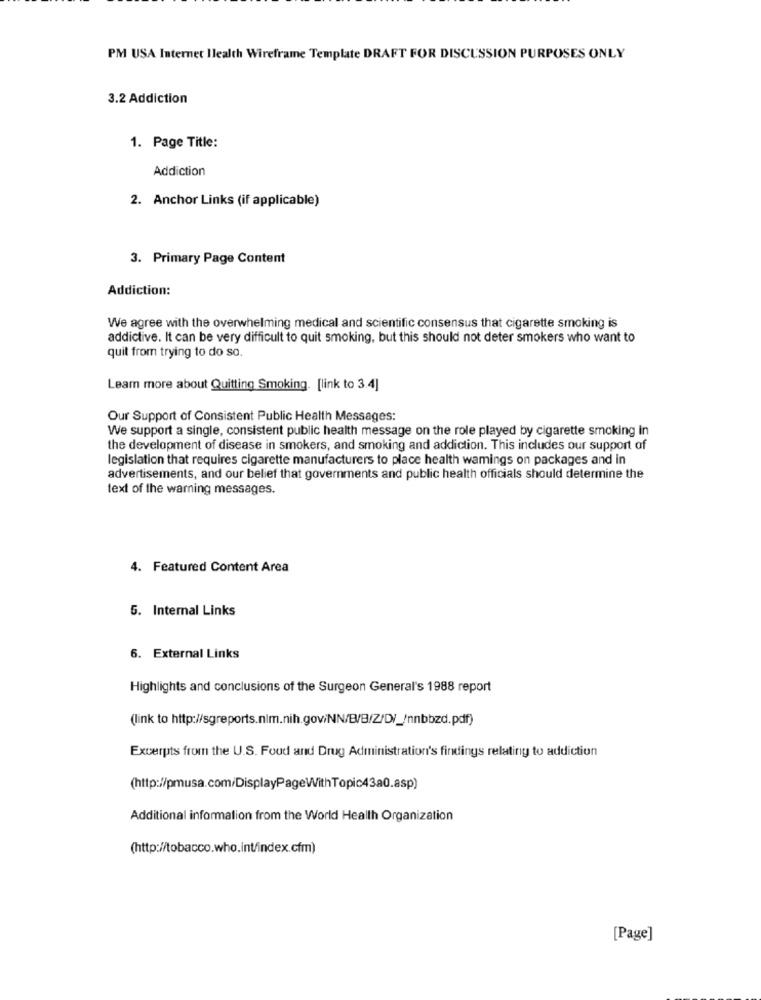
PM USA Internet Ilealth Wireframe Template DRAFT FOR DISCUSSION PURPOSES ONLY
3.2 Addiction
1. Page Title:
Addiction
2. Anchor Links (if applicable)
3. Primary Page Content
Addiction:
We agree with the overwhelming medical and scientific consensus that cigarette smoking is
addictive. It can be very difficult to quit smoking, but this should not deter smokers who want to
quit from trying to do so.
Learn more about Quitting Smoking. [link to 3.4]
Our Support of Consistent Public Health Messages:
We support a single, consistent public health message on the role played by cigarette smoking in
the development of disease in smokers, and smoking and addiction. This includes our support of
legislation that requires cigarette manufacturers to place health wamings on packages and in
advertisements, and our belief that governments and public health officials should determine the
text of the warning messages.
4. Featured Content Area
5. Internal Links
6. External Links
Highlights and conclusions of the Surgeon General's 1988 report
(link to http://sgreports.nlm.nih.goviNN/B/B/Z/D/_/nnbbzd.pdf)
Excerpts from the U.S. Foud and Drug Administration's findings relating to addiction
(http://pmusa.com/DisplayPageWithTopic43a0.asp)
Additional information from the World Health Organization
(http://tobacco.who.int/index.cfm)
[Page]